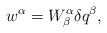
LaTeX: \begin{align*}w^\alpha = W^\alpha_\beta \delta q^\beta, \end{align*}